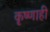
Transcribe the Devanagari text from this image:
कृष्णाही